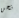
نحن